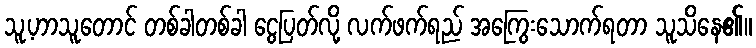
သူ့ဟာသူတောင် တစ်ခါတစ်ခါ ငွေပြတ်လို့ လက်ဖက်ရည် အကြွေးသောက်ရတာ သူသိနေ၏။